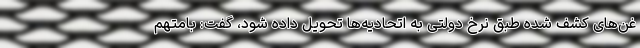
غن‌های کشف شده طبق نرخ دولتی به اتحادیه‌ها تحویل داده شود، گفت: بامتهم